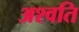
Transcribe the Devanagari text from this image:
अश्वति